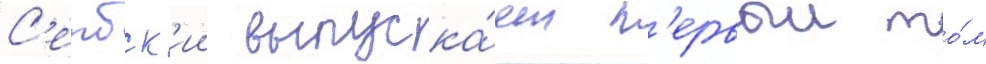
С'ербск'ии выпуска́ет п'ервыи то́м